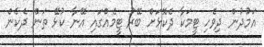
އަމުދުން ދިވެހި ޓީމަކާ ދެކޮޅަށް ބޭރު ޓީމެއްގައި އޭނާ ކުޅޭ ތަން ދެކެން